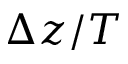
\Delta z / T